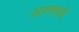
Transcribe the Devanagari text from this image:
अण्णाची